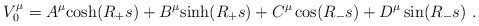
\begin{align*}V_{0}^{\mu}=A^{\mu}{\rm cosh}(R_{+}s)+B^{\mu}{\rm sinh}(R_{+}s)+C^{\mu}\cos (R_{-}s)+D^{\mu}\sin (R_{-}s)~.\end{align*}